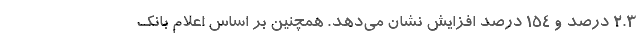
۲.۳ درصد و ۱۵۴ درصد افزایش نشان می‌دهد. همچنین بر اساس اعلام بانک